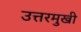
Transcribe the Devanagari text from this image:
उत्तरमुखी